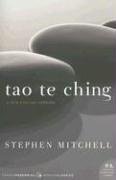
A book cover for Tao Te Ching: A New English Version (Perennial Classics) [Paperback] [2006] (Author) Lao Tzu, Stephen Mitchell; Religion & Spirituality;